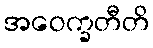
အဝေက္ခတီတိ